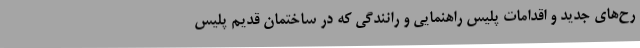
رح‌های جدید و اقدامات پلیس راهنمایی و رانندگی که در ساختمان قدیم پلیس